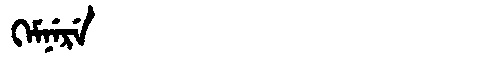
Manchu: ᡴᡝᠮᠨᡝᡵᡝ
Romanization: KEMNERE